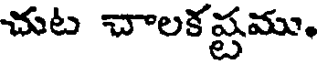
చుట చాలకష్టము.